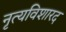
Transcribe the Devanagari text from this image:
नृत्यविशारद